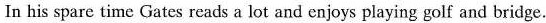
In his spare time Gates reads a lot and enjoys playing golf and bridge.